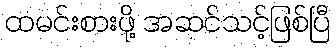
ထမင်းစားဖို့ အဆင်သင့်ဖြစ်ပြီ